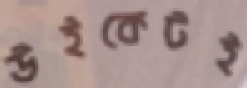
উইকেটই